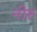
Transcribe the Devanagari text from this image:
नीरु